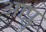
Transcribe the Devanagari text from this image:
आप्लु